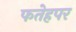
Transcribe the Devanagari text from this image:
फतेहपर